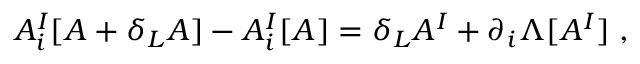
A _ { i } ^ { I } [ A + \delta _ { L } A ] - A _ { i } ^ { I } [ A ] = \delta _ { L } A ^ { I } + \partial _ { i } \Lambda [ A ^ { I } ] \; ,